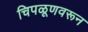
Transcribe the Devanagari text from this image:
चिपळूणवरून